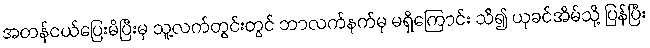
အတန်ငယ်ပြေးမိပြီးမှ သူ့လက်တွင်းတွင် ဘာလက်နက်မှ မရှိကြောင်း သိ၍ ယုခင်အိမ်သို့ ပြန်ပြီး